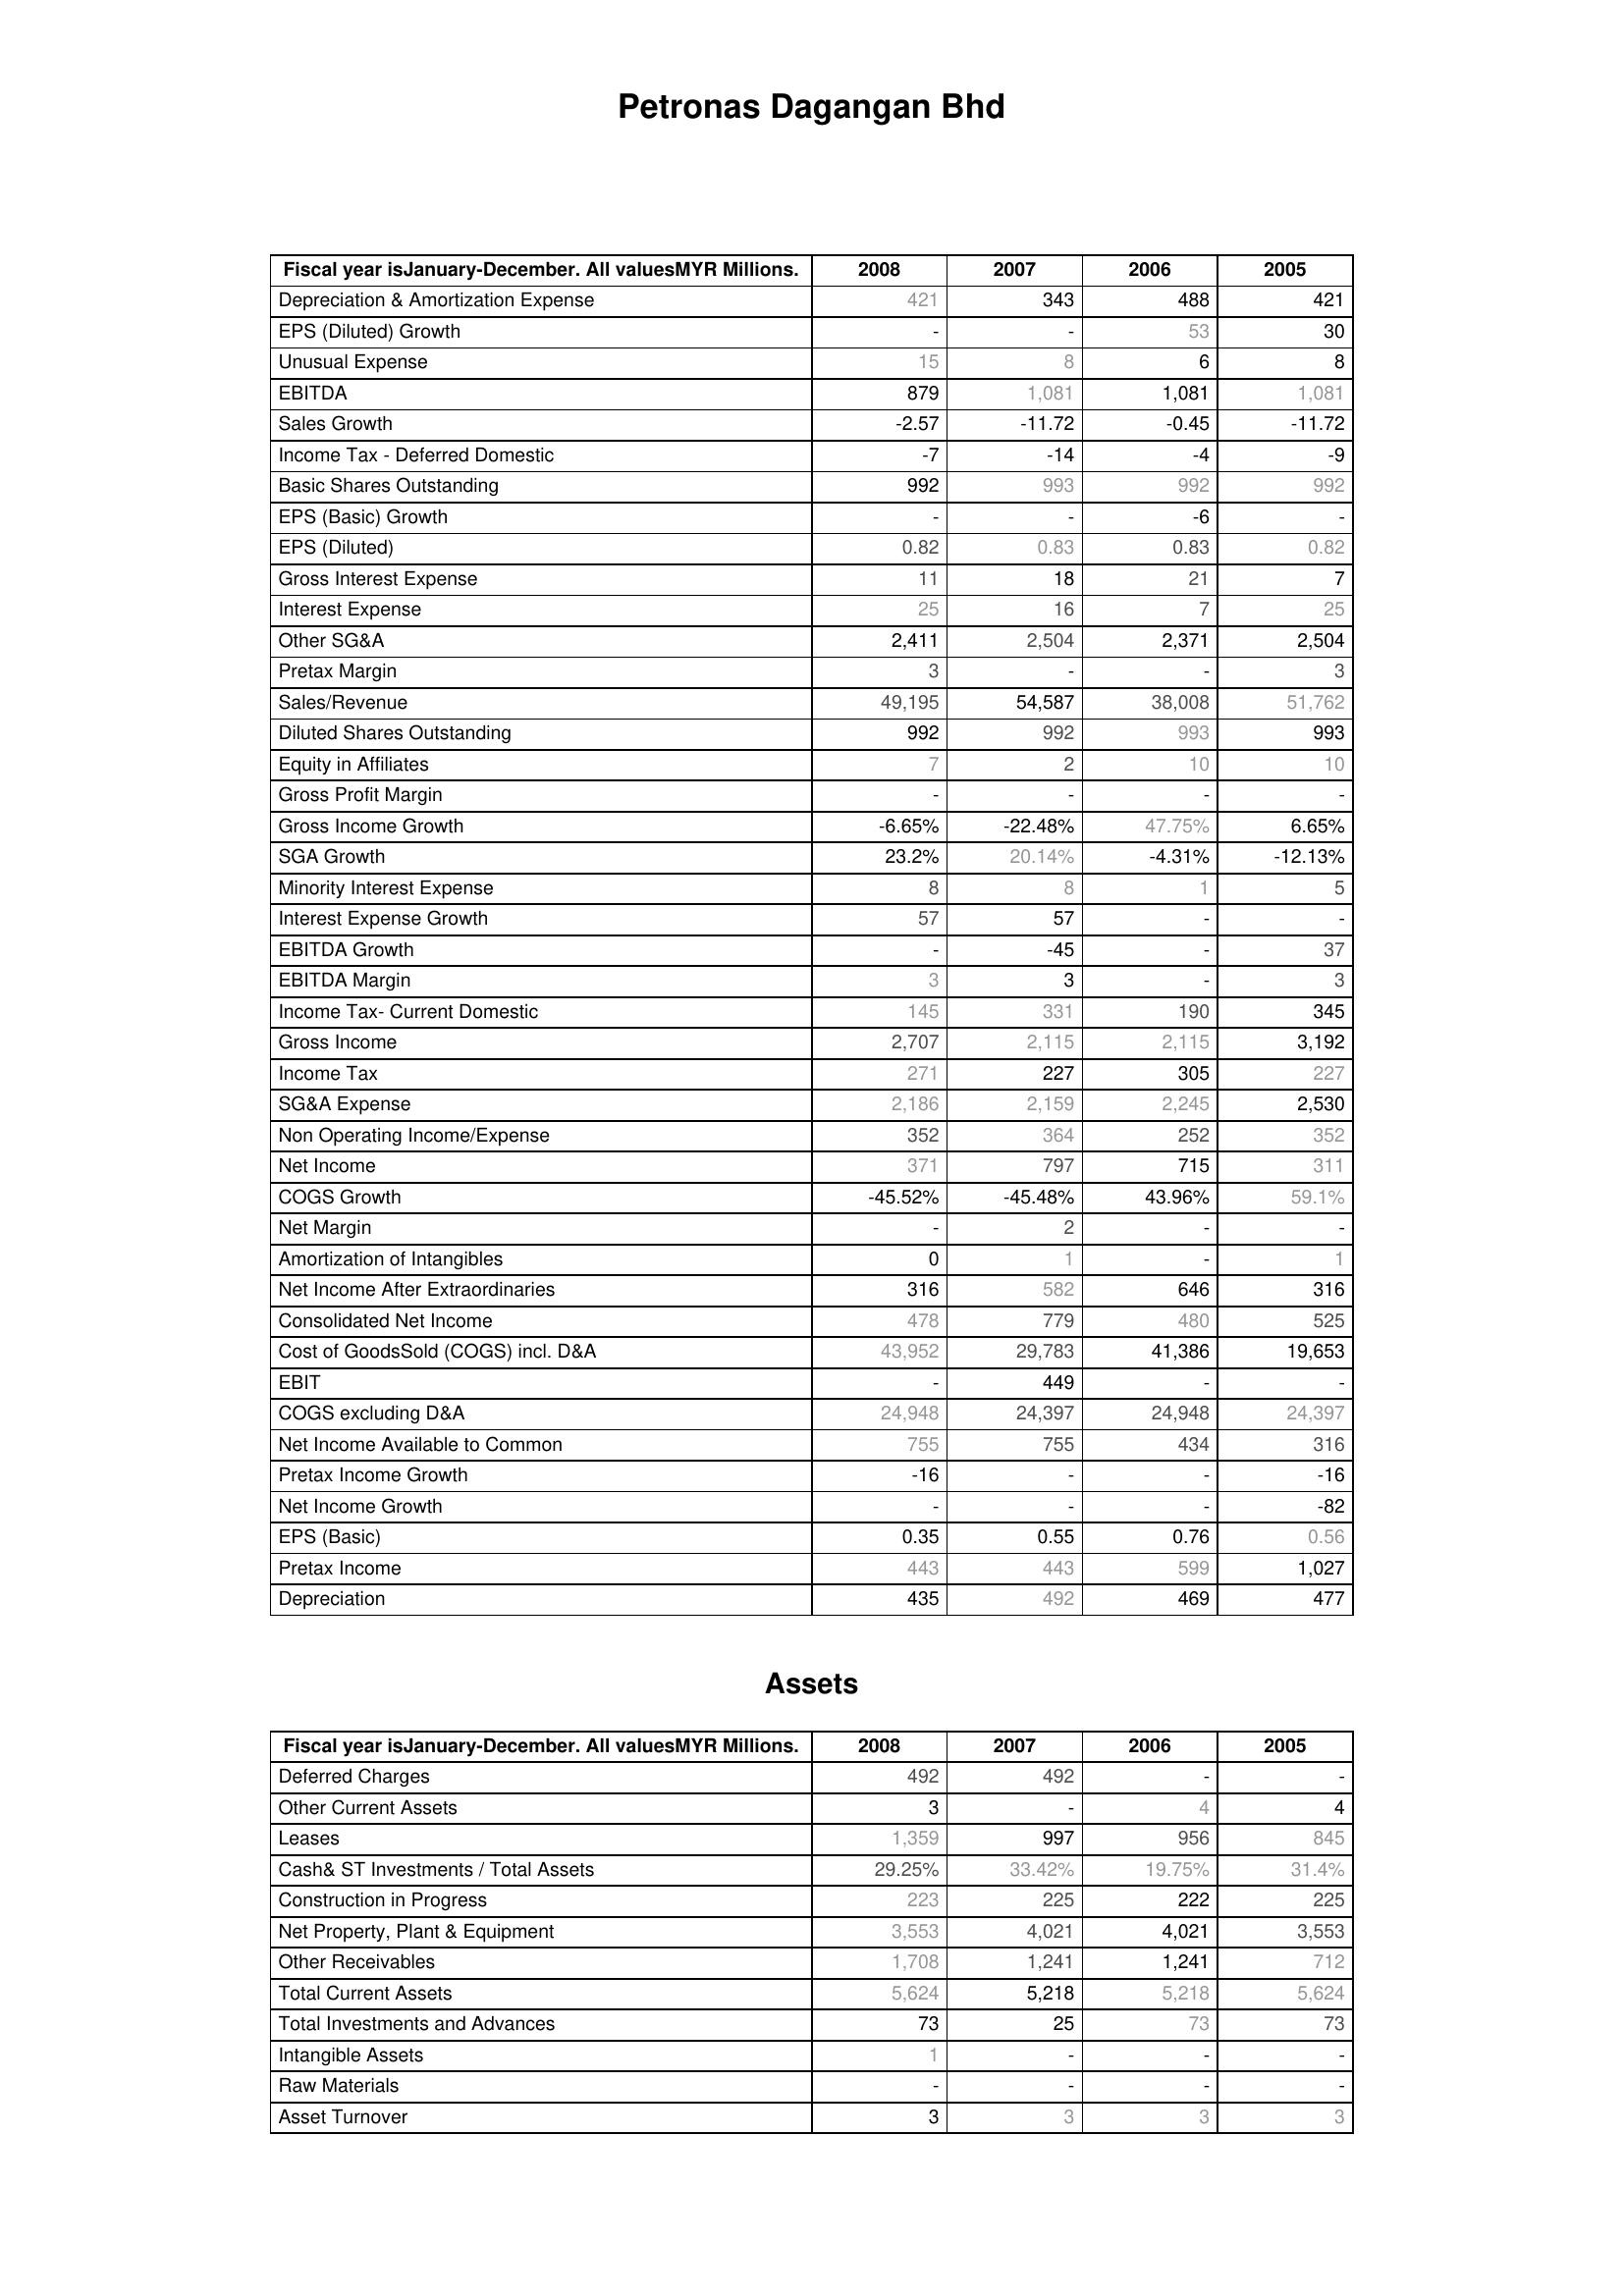
2008: : Depreciation & Amortization Expense: 421
EPS (Diluted) Growth: -
Unusual Expense: 15
EBITDA: 879
Sales Growth: -2.57
Income Tax - Deferred Domestic: -7
Basic Shares Outstanding: 992
EPS (Basic) Growth: -
EPS (Diluted): 0.82
Gross Interest Expense: 11
Interest Expense: 25
Other SG&A: 2,411
Pretax Margin: 3
Sales/Revenue: 49,195
Diluted Shares Outstanding: 992
Equity in Affiliates: 7
Gross Profit Margin: -
Gross Income Growth: -6.65%
SGA Growth: 23.2%
Minority Interest Expense: 8
Interest Expense Growth: 57
EBITDA Growth: -
EBITDA Margin: 3
Income Tax- Current Domestic: 145
Gross Income: 2,707
Income Tax: 271
SG&A Expense: 2,186
Non Operating Income/Expense: 352
Net Income: 371
COGS Growth: -45.52%
Net Margin: -
Amortization of Intangibles: 0
Net Income After Extraordinaries: 316
Consolidated Net Income: 478
Cost of GoodsSold (COGS) incl. D&A: 43,952
EBIT: -
COGS excluding D&A: 24,948
Net Income Available to Common: 755
Pretax Income Growth: -16
Net Income Growth: -
EPS (Basic): 0.35
Pretax Income: 443
Depreciation: 435
Assets: Deferred Charges: 492
Other Current Assets: 3
Leases: 1,359
Cash& ST Investments / Total Assets: 29.25%
Construction in Progress: 223
Net Property, Plant & Equipment: 3,553
Other Receivables: 1,708
Total Current Assets: 5,624
Total Investments and Advances: 73
Intangible Assets: 1
Raw Materials: -
Asset Turnover: 3
2007: : Depreciation & Amortization Expense: 343
EPS (Diluted) Growth: -
Unusual Expense: 8
EBITDA: 1,081
Sales Growth: -11.72
Income Tax - Deferred Domestic: -14
Basic Shares Outstanding: 993
EPS (Basic) Growth: -
EPS (Diluted): 0.83
Gross Interest Expense: 18
Interest Expense: 16
Other SG&A: 2,504
Pretax Margin: -
Sales/Revenue: 54,587
Diluted Shares Outstanding: 992
Equity in Affiliates: 2
Gross Profit Margin: -
Gross Income Growth: -22.48%
SGA Growth: 20.14%
Minority Interest Expense: 8
Interest Expense Growth: 57
EBITDA Growth: -45
EBITDA Margin: 3
Income Tax- Current Domestic: 331
Gross Income: 2,115
Income Tax: 227
SG&A Expense: 2,159
Non Operating Income/Expense: 364
Net Income: 797
COGS Growth: -45.48%
Net Margin: 2
Amortization of Intangibles: 1
Net Income After Extraordinaries: 582
Consolidated Net Income: 779
Cost of GoodsSold (COGS) incl. D&A: 29,783
EBIT: 449
COGS excluding D&A: 24,397
Net Income Available to Common: 755
Pretax Income Growth: -
Net Income Growth: -
EPS (Basic): 0.55
Pretax Income: 443
Depreciation: 492
Assets: Deferred Charges: 492
Other Current Assets: -
Leases: 997
Cash& ST Investments / Total Assets: 33.42%
Construction in Progress: 225
Net Property, Plant & Equipment: 4,021
Other Receivables: 1,241
Total Current Assets: 5,218
Total Investments and Advances: 25
Intangible Assets: -
Raw Materials: -
Asset Turnover: 3
2006: : Depreciation & Amortization Expense: 488
EPS (Diluted) Growth: 53
Unusual Expense: 6
EBITDA: 1,081
Sales Growth: -0.45
Income Tax - Deferred Domestic: -4
Basic Shares Outstanding: 992
EPS (Basic) Growth: -6
EPS (Diluted): 0.83
Gross Interest Expense: 21
Interest Expense: 7
Other SG&A: 2,371
Pretax Margin: -
Sales/Revenue: 38,008
Diluted Shares Outstanding: 993
Equity in Affiliates: 10
Gross Profit Margin: -
Gross Income Growth: 47.75%
SGA Growth: -4.31%
Minority Interest Expense: 1
Interest Expense Growth: -
EBITDA Growth: -
EBITDA Margin: -
Income Tax- Current Domestic: 190
Gross Income: 2,115
Income Tax: 305
SG&A Expense: 2,245
Non Operating Income/Expense: 252
Net Income: 715
COGS Growth: 43.96%
Net Margin: -
Amortization of Intangibles: -
Net Income After Extraordinaries: 646
Consolidated Net Income: 480
Cost of GoodsSold (COGS) incl. D&A: 41,386
EBIT: -
COGS excluding D&A: 24,948
Net Income Available to Common: 434
Pretax Income Growth: -
Net Income Growth: -
EPS (Basic): 0.76
Pretax Income: 599
Depreciation: 469
Assets: Deferred Charges: -
Other Current Assets: 4
Leases: 956
Cash& ST Investments / Total Assets: 19.75%
Construction in Progress: 222
Net Property, Plant & Equipment: 4,021
Other Receivables: 1,241
Total Current Assets: 5,218
Total Investments and Advances: 73
Intangible Assets: -
Raw Materials: -
Asset Turnover: 3
2005: : Depreciation & Amortization Expense: 421
EPS (Diluted) Growth: 30
Unusual Expense: 8
EBITDA: 1,081
Sales Growth: -11.72
Income Tax - Deferred Domestic: -9
Basic Shares Outstanding: 992
EPS (Basic) Growth: -
EPS (Diluted): 0.82
Gross Interest Expense: 7
Interest Expense: 25
Other SG&A: 2,504
Pretax Margin: 3
Sales/Revenue: 51,762
Diluted Shares Outstanding: 993
Equity in Affiliates: 10
Gross Profit Margin: -
Gross Income Growth: 6.65%
SGA Growth: -12.13%
Minority Interest Expense: 5
Interest Expense Growth: -
EBITDA Growth: 37
EBITDA Margin: 3
Income Tax- Current Domestic: 345
Gross Income: 3,192
Income Tax: 227
SG&A Expense: 2,530
Non Operating Income/Expense: 352
Net Income: 311
COGS Growth: 59.1%
Net Margin: -
Amortization of Intangibles: 1
Net Income After Extraordinaries: 316
Consolidated Net Income: 525
Cost of GoodsSold (COGS) incl. D&A: 19,653
EBIT: -
COGS excluding D&A: 24,397
Net Income Available to Common: 316
Pretax Income Growth: -16
Net Income Growth: -82
EPS (Basic): 0.56
Pretax Income: 1,027
Depreciation: 477
Assets: Deferred Charges: -
Other Current Assets: 4
Leases: 845
Cash& ST Investments / Total Assets: 31.4%
Construction in Progress: 225
Net Property, Plant & Equipment: 3,553
Other Receivables: 712
Total Current Assets: 5,624
Total Investments and Advances: 73
Intangible Assets: -
Raw Materials: -
Asset Turnover: 3